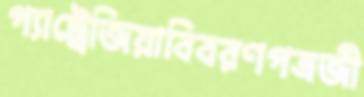
প্যাট্রেজিয়াবিবরণপত্রজী